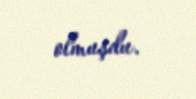
olmuşdu.